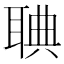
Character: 𦖌